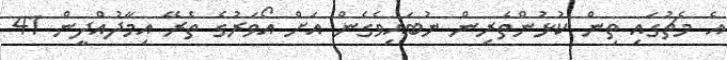
އެ މެޗުގައި ތިން ކުޅުންތެރިން ނުބައިވެގެން އަށް އޯވަރުގެ ތެރޭ އިމާދުއްދީން 41